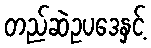
တည်ဆဲဥပဒေနှင့်